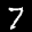
Label: 7